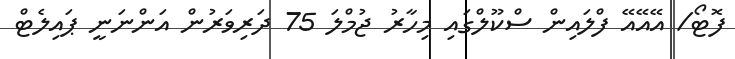
ފޮޓޯ/ އޭއޭއޭ ފްލައިން ސްކޫލްގައި މިހާރު ޖުމްލަ 75 ދަރިވަރުން އަންނަނީ ޕައިލެޓް